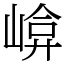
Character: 𡹮